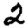
Digit: 2